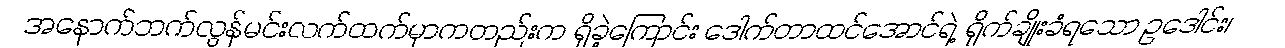
အနောက်ဘက်လွန်မင်းလက်ထက်မှာကတည်းက ရှိခဲ့ကြောင်း ဒေါက်တာထင်အောင်ရဲ့ ရိုက်ချိုးခံရသော ဥဒေါင်း၊